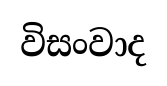
විසංවාද